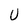
Character: U